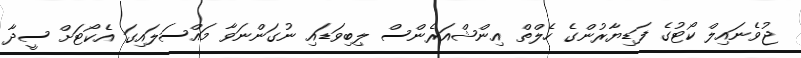
ޖުވެނައިލް ކޯޓުގެ ފަޑިޔާރުންގެ ހެލްތް އިންޝްއަރެންސް ލިބިވަޑައި ނުގަންނަވާ މައްސަލައިގަ އެކޯޓަށް ސީދާ